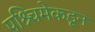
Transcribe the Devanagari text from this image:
पश्र्चिमेकडून